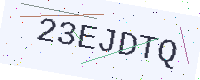
Text: 23EJDTQ